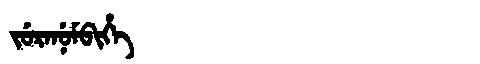
Manchu: ᠵᡠᡵᠠᠨᡠᠮᠪᡳᡥᡝ
Romanization: JURANUMBIHE